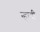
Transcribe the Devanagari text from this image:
न्हायी